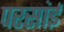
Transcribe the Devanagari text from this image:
परसांई